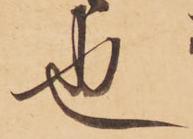
也